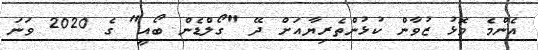
އެންމެ މޮޅު ޒުވާން ކުޅުންތެރިޔާއަށް ދޭ "ގޯލްޑެން ބޯއީ" ގެ 2020 ވަނަ